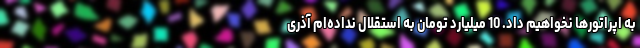
به اپراتورها نخواهیم داد. 10 میلیارد تومان به استقلال نداده‌ام آذری